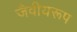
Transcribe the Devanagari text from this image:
जैवीयरूप